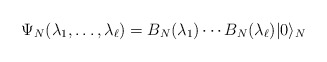
\begin{align*}\Psi_N(\lambda_1,\ldots,\lambda_\ell)=B_N(\lambda_1)\cdots B_N(\lambda_\ell)|0\rangle_N\end{align*}